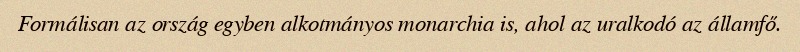
Formálisan az ország egyben alkotmányos monarchia is, ahol az uralkodó az államfő.